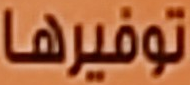
توفيرها